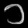
Digit: ၁